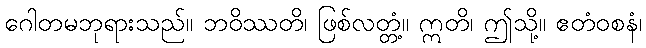
ဂေါတမဘုရားသည်။ ဘဝိဿတိ၊ ဖြစ်လတ္တံ့။ ဣတိ၊ ဤသို့။ ဧတံဝစနံ၊